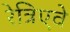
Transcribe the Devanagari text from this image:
रेत्रिएवे